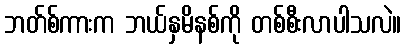
ဘတ်စ်ကားက ဘယ်နှမိနစ်ကို တစ်စီးလာပါသလဲ။